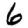
Digit: 6